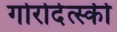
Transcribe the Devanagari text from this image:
गोरोदेत्स्की